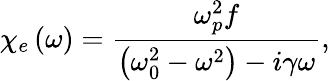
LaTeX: \chi_{e}\left(\omega\right)=\frac{\omega_{p}^{2}f}{\left(\omega_{0}^{2}-\omega^{2}\right)-i\gamma\omega},